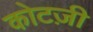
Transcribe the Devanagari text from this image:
कोटज़ी